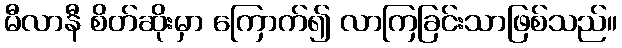
မီလာနီ စိတ်ဆိုးမှာ ကြောက်၍ လာကြခြင်းသာဖြစ်သည်။